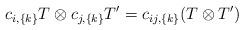
LaTeX: \begin{align*}c_{i,\{k\}} T \otimes c_{j,\{k\}} T' = c_{ij,\{k\}} (T \otimes T')\end{align*}